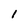
Character: l